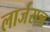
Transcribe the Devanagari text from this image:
लार्जसन्न